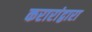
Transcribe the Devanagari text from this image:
करारांद्वारा